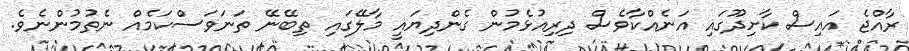
ރާއްޖެ އައިސް ކާށިދޫގައި އަނެއްކާވެސް ދިރިއުޅެމުން ގެންދިޔައީ މާލޭގައި ތިބޭނޭ ތަނަވަސްކަމެއް ނެތުމުންނެވެ.